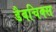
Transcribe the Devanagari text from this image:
डैबचिक्स